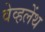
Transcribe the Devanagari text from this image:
वेव्हलेंथ